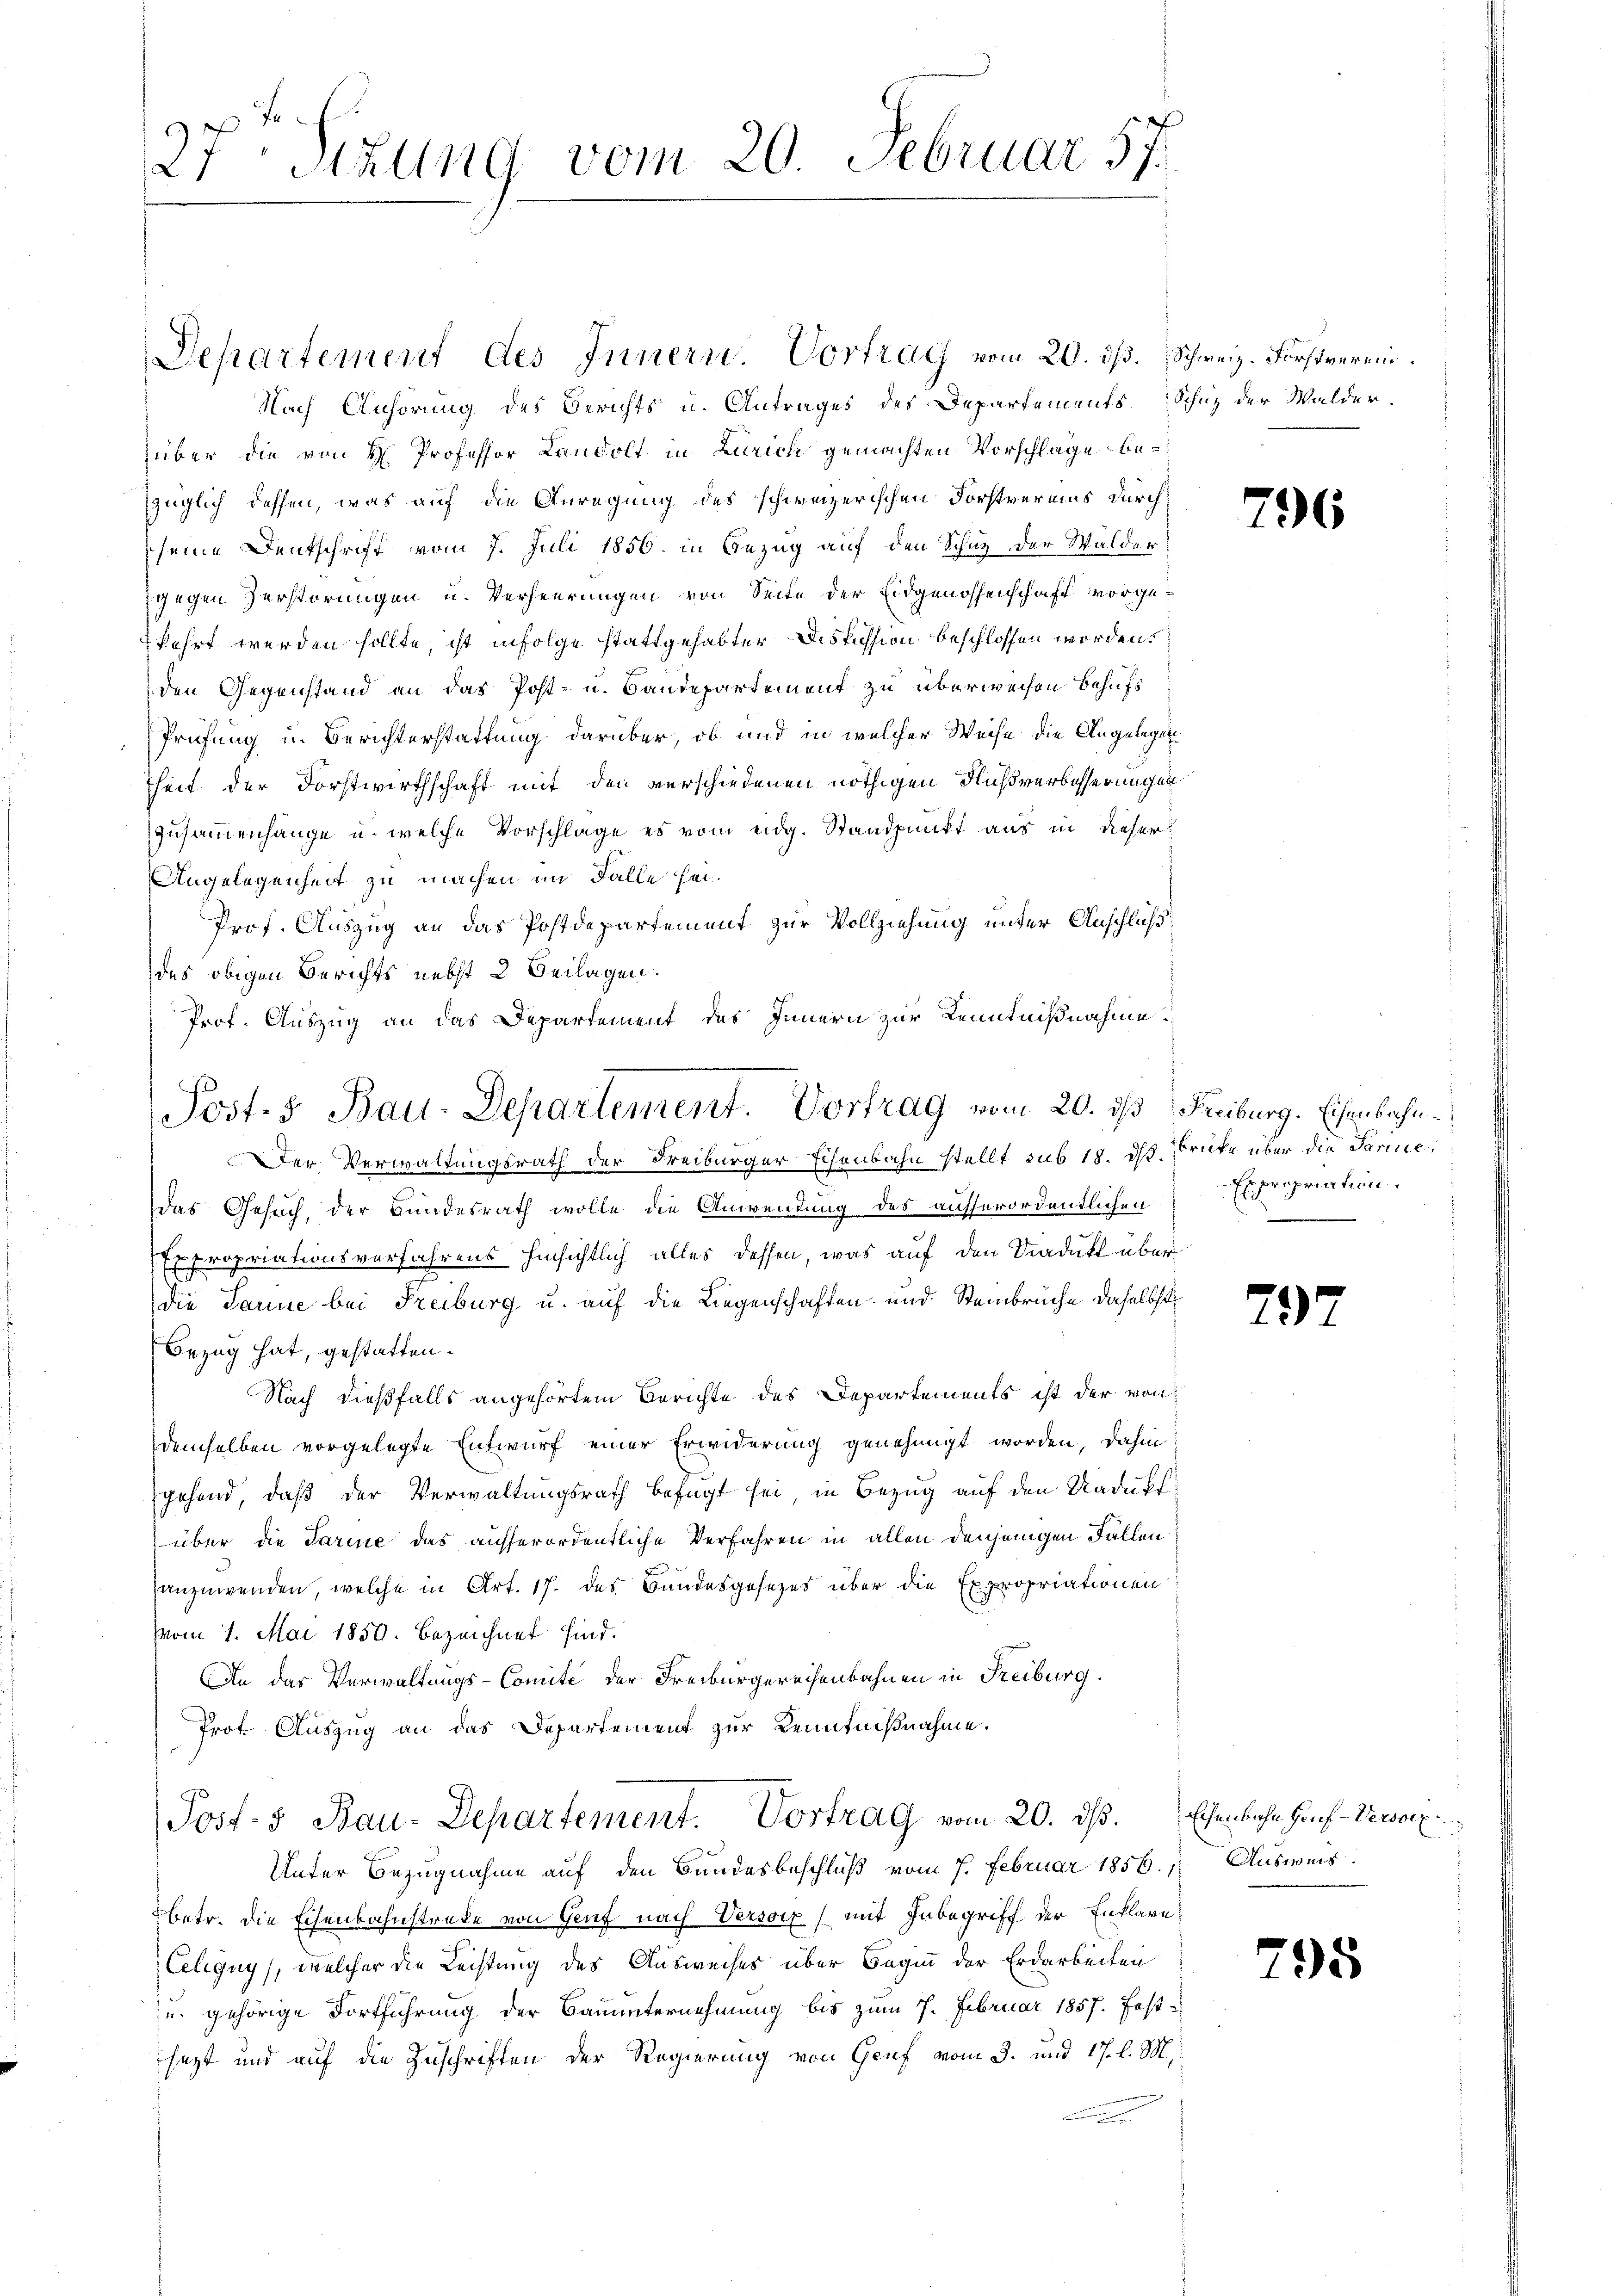
27 Sizung vom 20. Februar 57.

Departement des Innern. Vortrag vom 20. ds. Schweiz. Forstverein.
Nach Anhörung des Berichts u. Antrages des Departements Schuz der Walder-
über die von H. Professor Landolt in Zürich gemachten Vorschläge bezüglich dessen, was auf die Anregung des schweizerischen Forstvermins durch
seine Denkschrift vom 7. Juli 1856. in Bezug auf den Schutz der Walder
gegen Zerstörungen u. Verheerungen von Seite der Eidgenossenschaft vorgekehrt werden sollte, ist infolge stattgehabter Diskussion beschlossen worden.
den Gegenstand an das Post- u. Baudepartement zu überweisen behufs
Prüfung in Berichterstattung darüber, ob und in welcher Weise die Angelegen
heit der Forstwirthschaft mit den verschiedenen nöthigen Flußverbesserungen
Zusammenhänge u. welche Vorschlage es vom eidg. Standpunkt aus in dieser
Angelegenheit zu machen im Falle hei¬
Prof. Auszug an das Postdepartement zur Vollziehung unter Anschluß
des obigen Berichts nebst 2 Beilagen.
Prof. Auszug an das Departement des Innern zur Kenntnißnahme
Der Verwaltungsrath der Freiburger Eisenbahn stellt sub 18. dh Prüfe über die Parine,
das Gesuch, der Hundesrath wolle die Anwendung des ausserordentlichen
Expropriationsverfahrens hinsichtlich alles dessen, was auf den Viadukt über
die Parine bei Freiburg u. auf die Liegenschaften und Steinbruche daselbst
Bezug hat, gestatten.
Nach dießfalls angehörtem Berichte des Departements ist der von
demselben vorgelegte Entwurf einer Erwiderung genehmigt worden, dahin
gehend, daß der Verwaltungsrath befugt sei, in Bezug auf den Naduff
über die Tarine das ausserordentliche Verfahren in allen denjenigen Fallen
anzuwenden, welche in Art. 17. des Bundesgesezes über die Expropriationen
vom 1. Mai 1850. bezeichnet sind.
An das Verwaltungs-Comite der Freiburgereisenbahnen in Freiburg
Prot. Auszug an das Departement zur Kenntnißnahme.
Post- & Bau-Departement. Vortrag vom 20. ds. Eisenbahn Hanf Vervorz
Unter Bezugnahme auf den Bundesbeschluß vom 7. Februar 1856. Ausweis
betr. die Eisenbahnstreke von Genf nach Versoix) mit Inbegriff der Enklare
Celigny, welcher die Leistung des Ausweises über Beginn der Erdarbeiten
u. gehörige Fortführung der Bauunternehmung bis zum 7. Februar 1857. Festsagt und auf die Zuschriften der Regierung von Genf vom 3. und 17. l. M.

Post. 5. Bau-Departement. Vortrag vom 20. ds Freiburg. Eisenbahn¬

796

Expropriation.

797

795